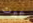
عبرت